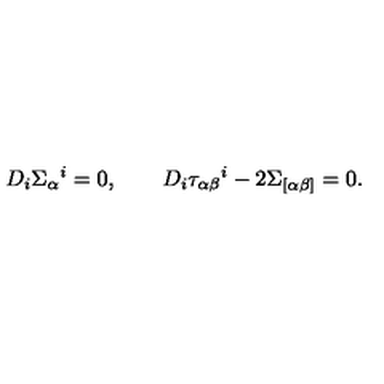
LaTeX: D _ { i } \Sigma _ { \alpha } { } ^ { i } = 0 , \qquad D _ { i } \tau _ { \alpha \beta } { } ^ { i } - 2 \Sigma _ { [ \alpha \beta ] } = 0 .